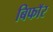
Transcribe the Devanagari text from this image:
बिफाॅर